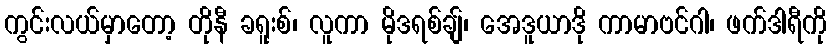
ကွင်းလယ်မှာတော့ တိုနီ ခရူးစ်၊ လူကာ မိုဒရစ်ချ်၊ အေဒူယာဒို ကာမာဗင်ဂါ၊ ဖက်ဒါရီကို